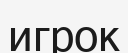
игрок